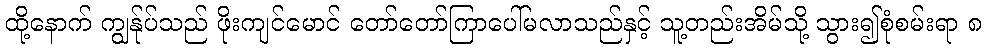
ထို့နောက် ကျွန်ုပ်သည် ဖိုးကျင်မောင် တော်တော်ကြာပေါ်မလာသည်နှင့် သူ့တည်းအိမ်သို့ သွား၍စုံစမ်းရာ ၈